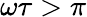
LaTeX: \omega\tau>\pi